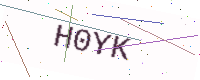
Text: H0YK